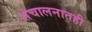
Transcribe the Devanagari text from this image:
संचालनातही